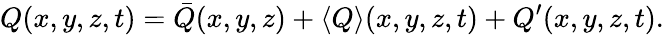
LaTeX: Q(x,y,z,t)=\bar{Q}(x,y,z)+\langle{Q}\rangle(x,y,z,t)+Q^{\prime}(x,y,z,t).